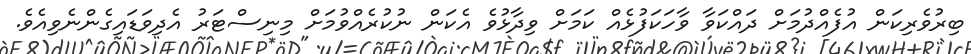
ބިރުވެރިކަން އުފެއްދުމަށް ދައްކަވާ ވާހަކަފުޅެއް ކަމަށް ވިދާޅުވެ އެކަން ނުކުރެއްވުމަށް މިނިސްޓަރު އެދިވަޑައިގެންނެވިއެވެ.